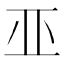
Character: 𠀜